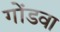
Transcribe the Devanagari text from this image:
गोंडवा